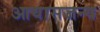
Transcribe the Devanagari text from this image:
आयासजन्य